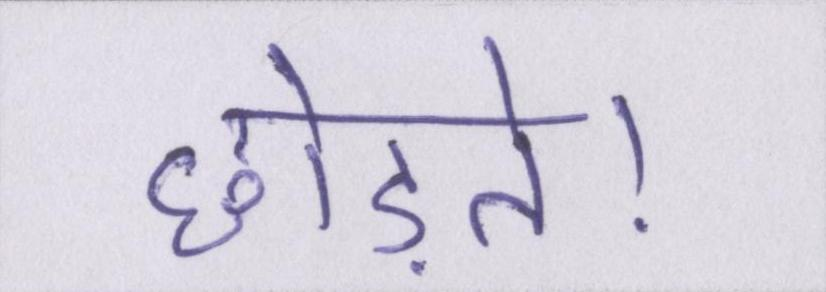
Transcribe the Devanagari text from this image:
छोड़ते।